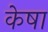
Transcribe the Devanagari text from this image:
केषा